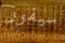
سيفوز